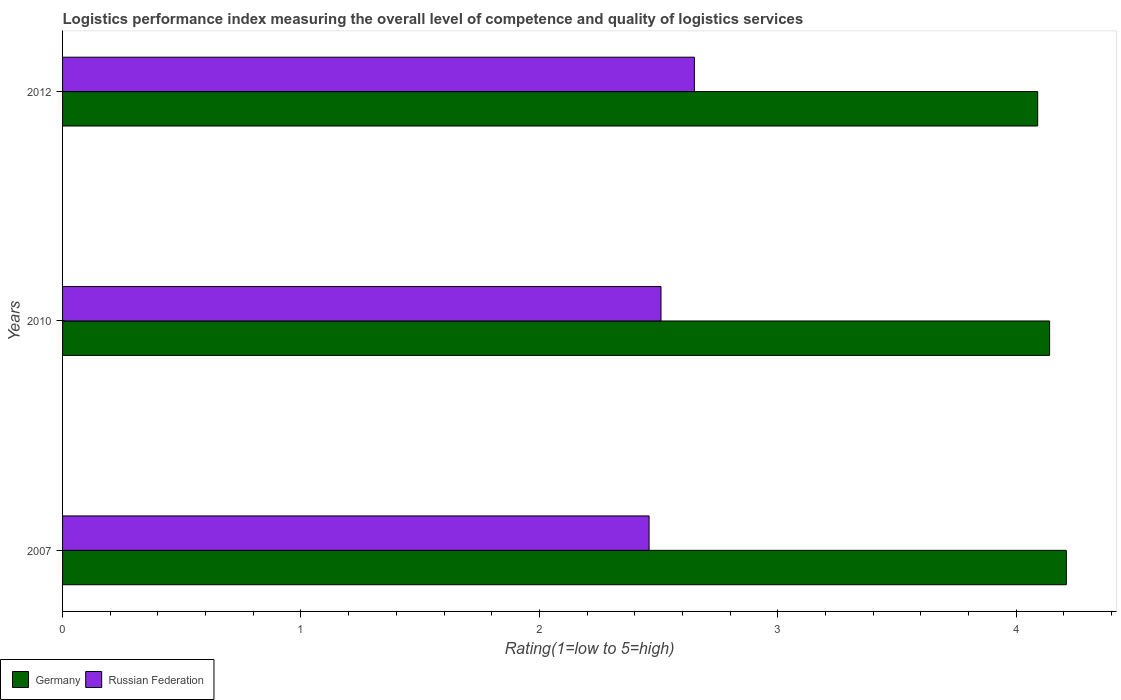
| Years | Germany | Russian Federation |
 | --- | --- | --- |
 | 2007 | 4.21 | 2.46 |
 | 2010 | 4.14 | 2.51 |
 | 2012 | 4.09 | 2.65 |